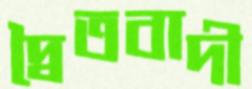
দ্বৈতবাদী